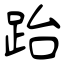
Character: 跆